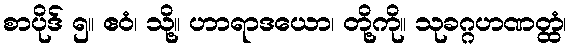
စာပိုဒ် ၅။ ဧဝံ၊ သို့။ ဟာရာဒယော၊ တို့ကို။ သုခဂ္ဂဟဏတ္ထံ၊